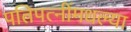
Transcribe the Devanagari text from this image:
पतिपत्‍नींमधल्या